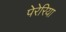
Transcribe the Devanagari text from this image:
पेरेरिया